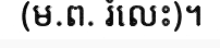
(ម.ព. រំលេះ)។